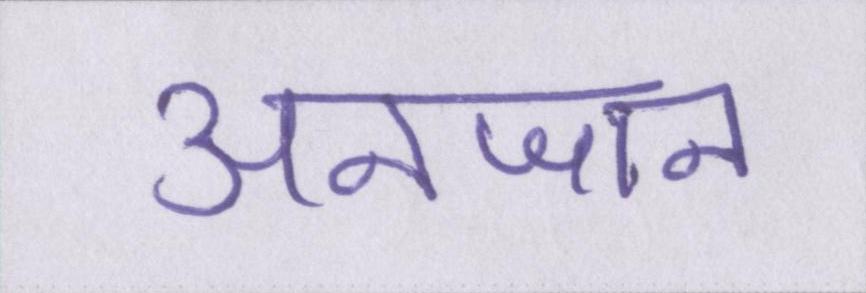
अनजान